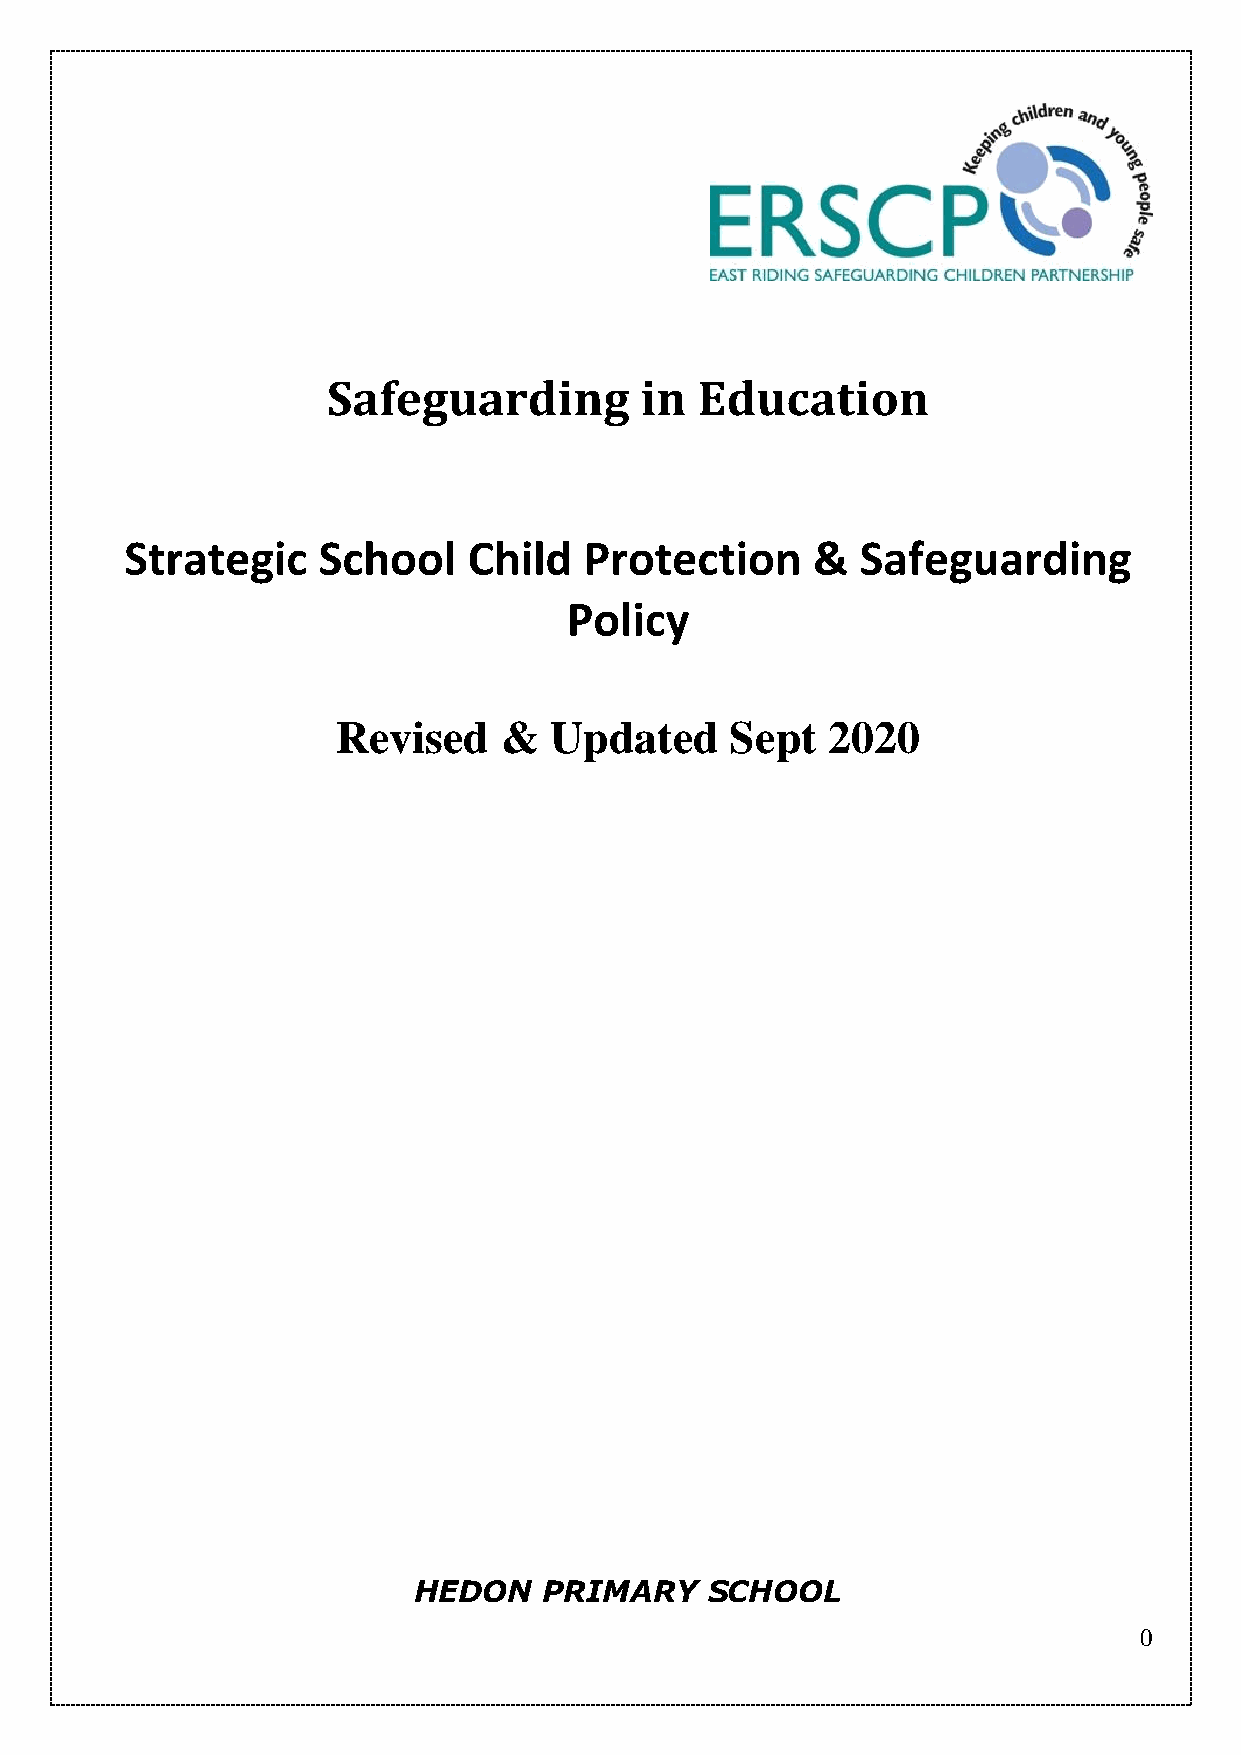
Safeguarding        in  Education
 Strategic    School    Child   Protection     &  Safeguarding
 Policy
 Revised    &  Updated     Sept   2020
 HEDON    PRIMARY    SCHOOL
 0